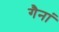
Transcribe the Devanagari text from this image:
गैनां